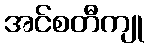
အင်စတီကျု